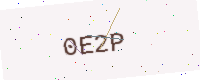
Text: 0E2P